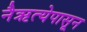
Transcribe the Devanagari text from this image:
नैऋत्येपासून